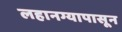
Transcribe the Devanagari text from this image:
लहानग्यापासून